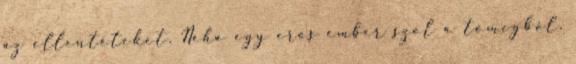
az ellentéteket. Néha egy erős ember szól a tömegből,